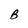
Character: B